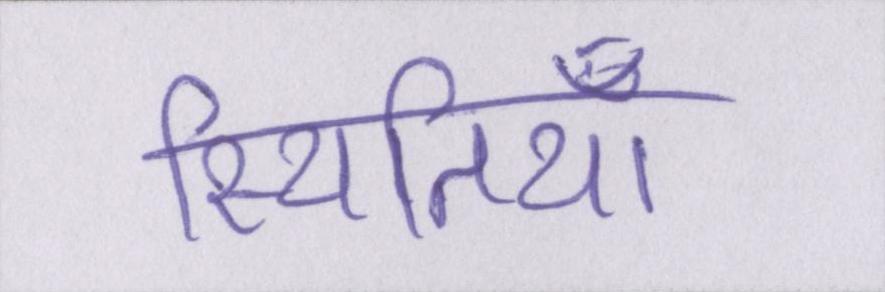
स्थितियाँ